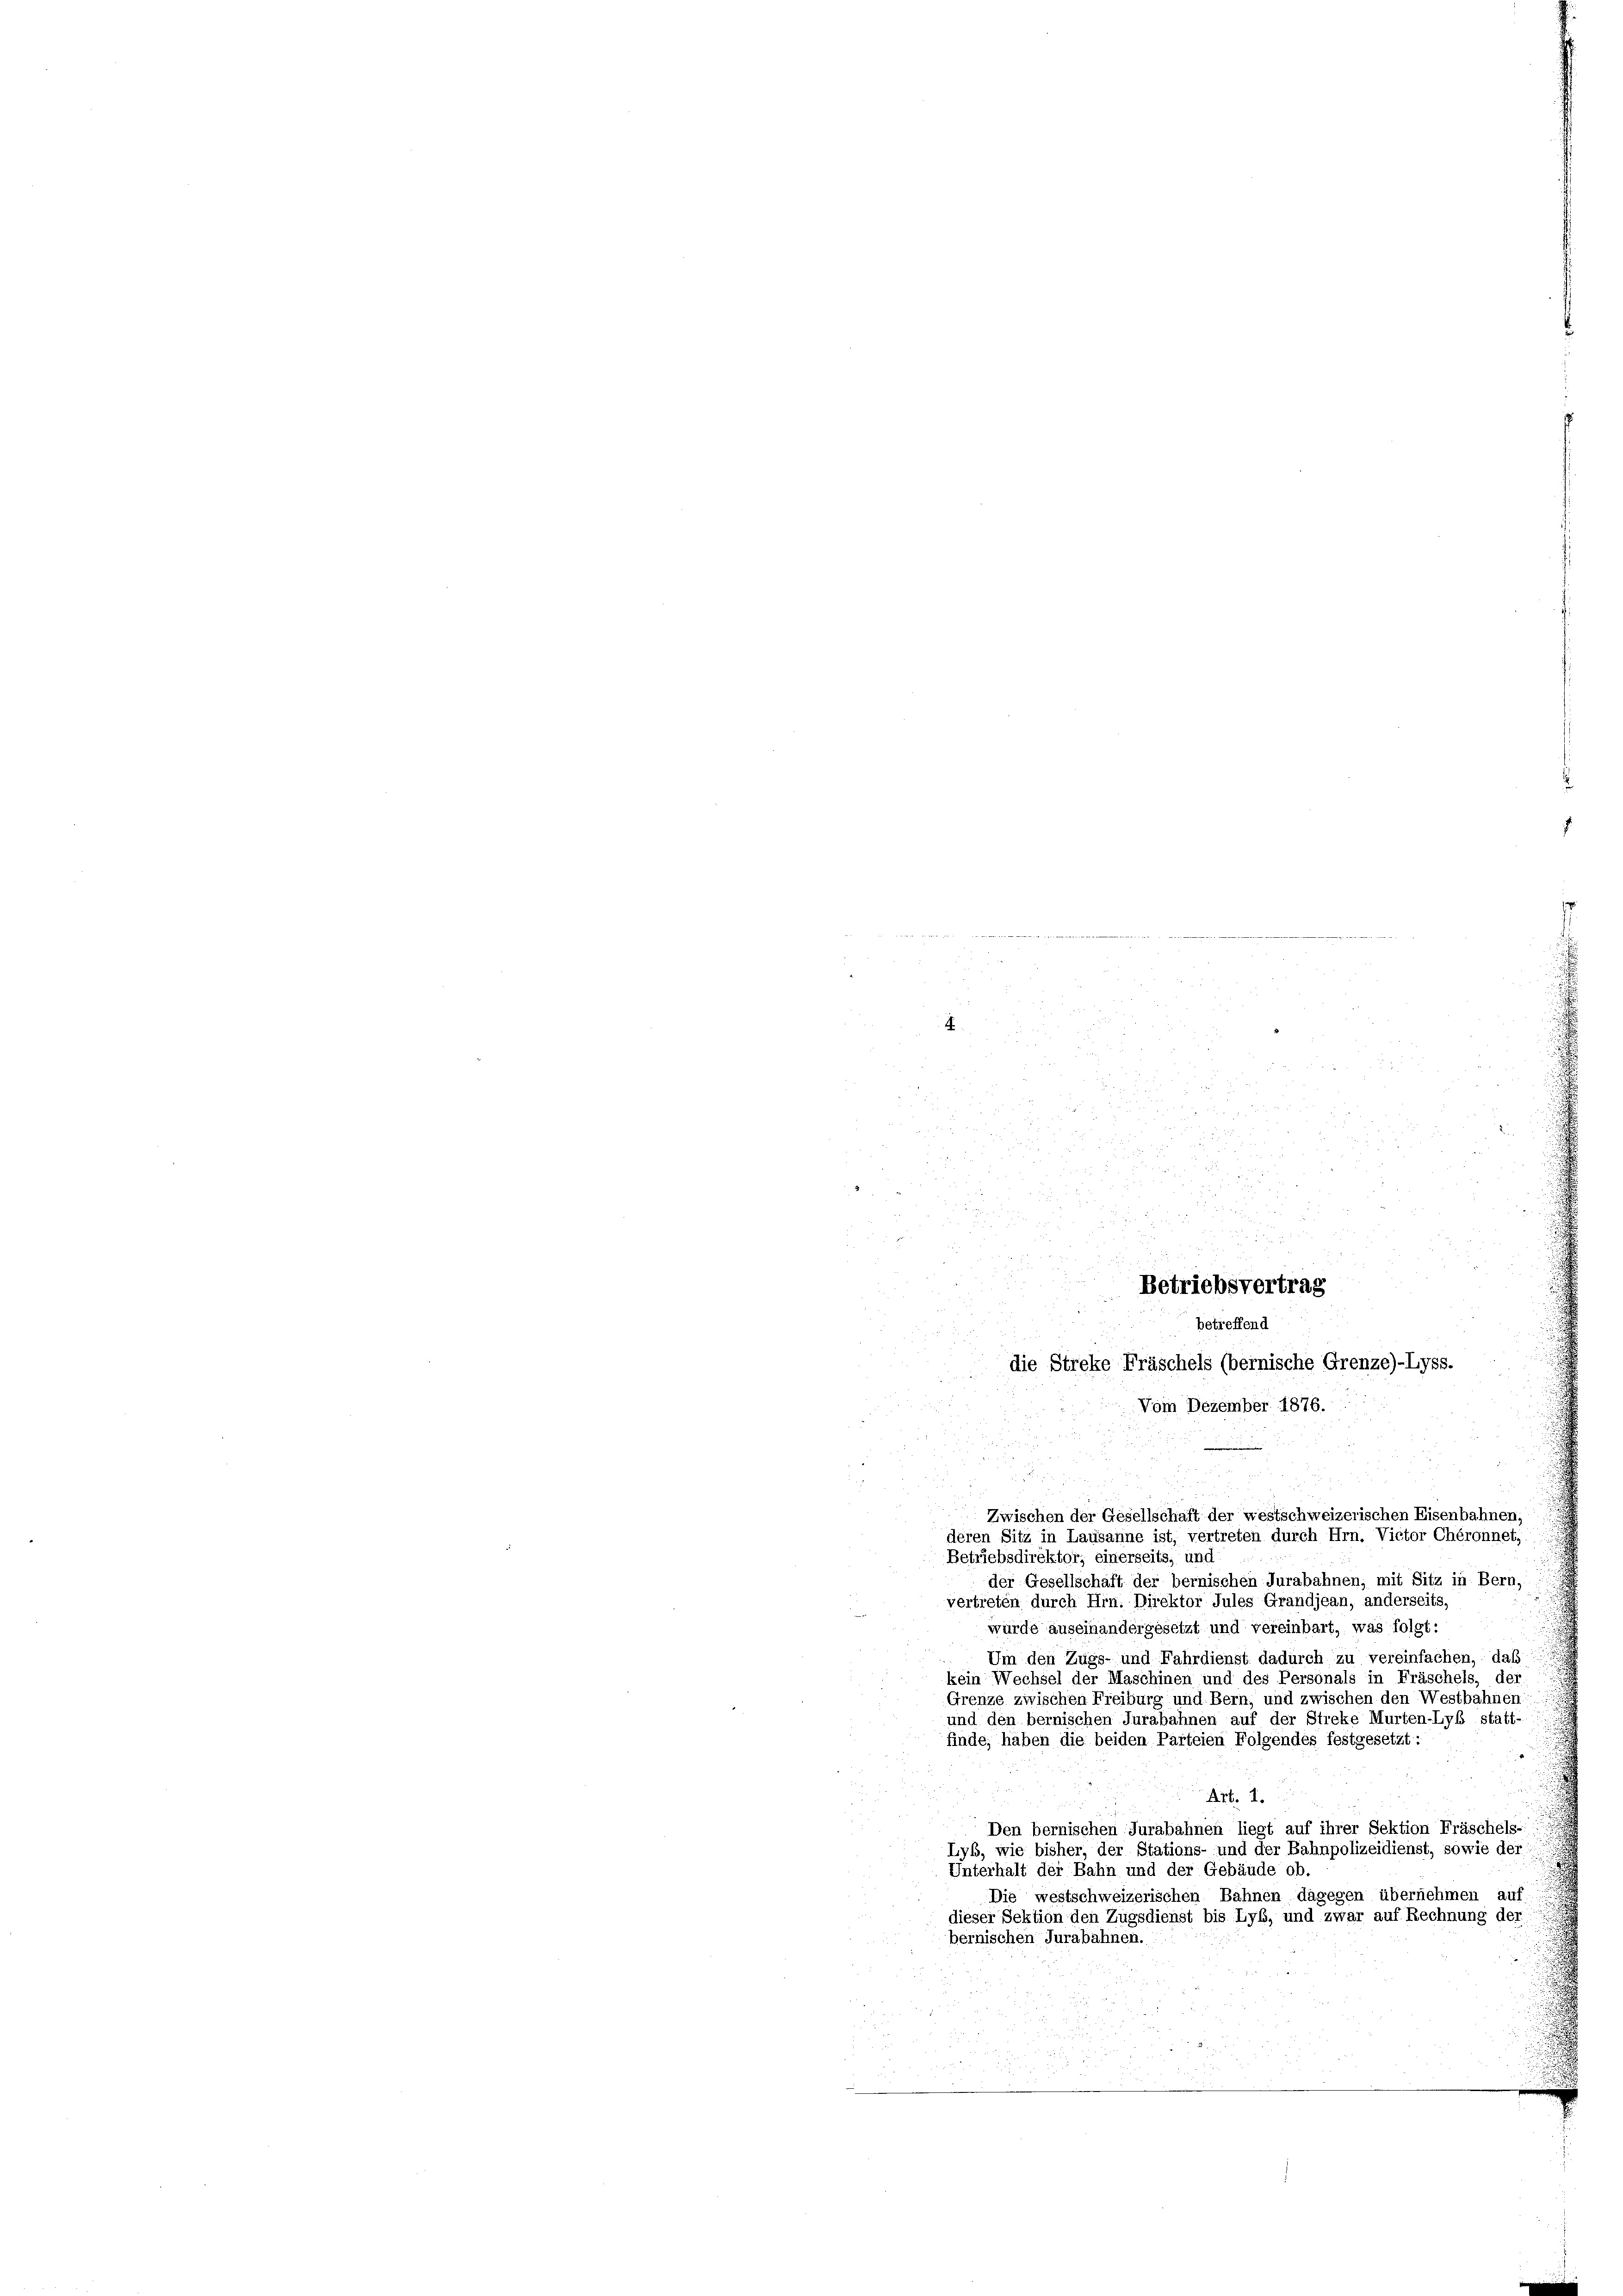
E

5
.
u

Zwischen der Gesellschaft der westschweizerischen Eisenbahnen,
deren Sitz in Lausanne ist, vertreten durch Hrn. Victor Chéronnet,
Betriebsdirektor, einerseits, und
der Gesellschaft der bernischen Jurabahnen, mit Sitz in Bern,
vertreten durch Hrn. Direktor Jules Grandjean, anderseits,
wurde auseinandergesetzt und vereinbart, was folgt:
Um den Zugs- und Fahrdienst dadurch zu vereinfachen, daß
kein Wechsel der Maschinen und des Personals in Fräschels, der
Grenze zwischen Freiburg und Bern, und zwischen den Westbahnen
und den bernischen Jurabahnen auf der Streke Murten-Lyb statt-
finde, haben die beiden Parteien Folgendes festgesetzt:
Akt. 1.
Den bernischen Jurabahnen liegt auf ihrer Sektion Fräschels-
Lyb, wie bisher, der Stations- und der Bahnpolizeidienst, sowie der
Unterhalt der Bahn und der Gebäude ob.
Die westschweizerischen Bahnen dagegen übernehmen auf
dieser Sektion den Zugsdienst bis Lyb, und zwar auf Rechnung der
bernischen Jurabahnen.

d
un

.

d
n
Betriebsvertrag
betreffend
die Streke Fräschels (bernische Grenze)-Lyss.
Vom Dezember 1876.